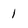
Character: 1